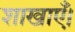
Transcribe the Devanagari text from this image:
शाखाएँ।